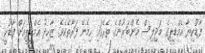
ފާޑުކިޔާ އެމްޑީޕީގެ މަޖިލިސް މެންބަރުންގެ ތެރޭގައި ހިމެނޭ ފަރާތެކެވެ. ޒާހިދު އެމްޑީޕީއަށް ފާޑުކީ